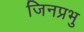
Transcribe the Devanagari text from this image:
जिनप्रभु